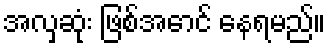
အလှဆုံး ဖြစ်အောင် နေရမည်။